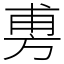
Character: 旉